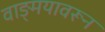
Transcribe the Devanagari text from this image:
वाङ्मयावरून